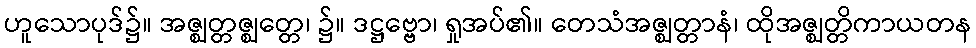
ဟူသောပုဒ်၌။ အဇ္ဈတ္တဇ္ဈတ္တေ၊ ၌။ ဒဋ္ဌဗ္ဗော၊ ရှုအပ်၏။ တေသံအဇ္ဈတ္တာနံ၊ ထိုအဇ္ဈတ္တိကာယတန